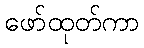
ဖော်ထုတ်ကာ